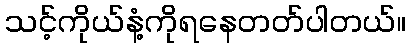
သင့်ကိုယ်နံ့ကိုရနေတတ်ပါတယ်။